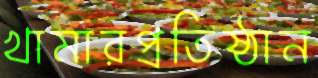
খামারপ্রতিষ্ঠান